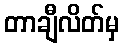
တာချီလိတ်မှ